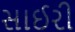
સાઈરી